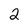
Character: 2